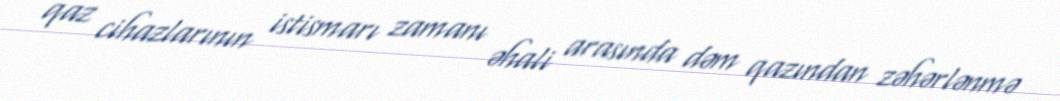
qaz cihazlarının istismarı zamanı əhali arasında dəm qazından zəhərlənmə